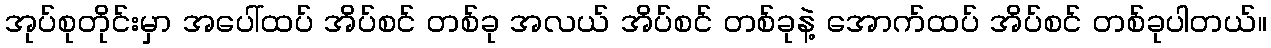
အုပ်စုတိုင်းမှာ အပေါ်ထပ် အိပ်စင် တစ်ခု အလယ် အိပ်စင် တစ်ခုနဲ့ အောက်ထပ် အိပ်စင် တစ်ခုပါတယ်။